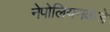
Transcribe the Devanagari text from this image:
नेपोलियनकडे